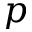
p